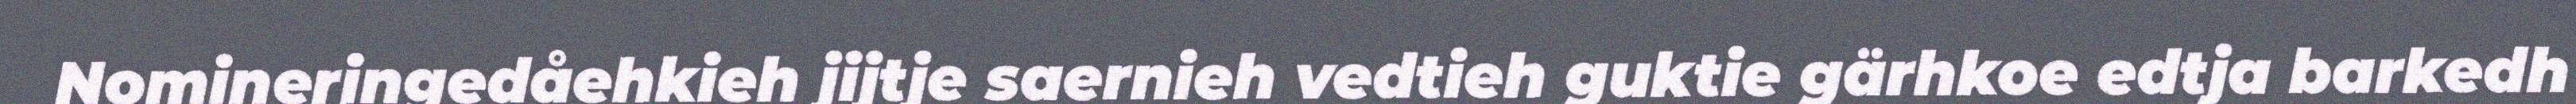
Nomineringedåehkieh jijtje saernieh vedtieh guktie gärhkoe edtja barkedh